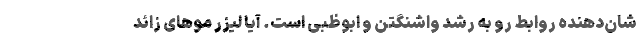
شان‌دهنده روابط رو به رشد واشنگتن و ابوظبی است. آیا لیزر موهای زائد